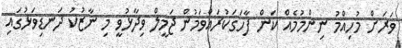
ވަރަށް މުހިއްމު ނިންމުމެއް ކަން ފާހަގަކުރައްވަމުން ޖަމީލް ވިދާޅުވީ މި ނާޒުކު ދަނޑިވަޅުގައި